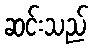
ဆင်းသည်